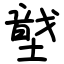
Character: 𡑠